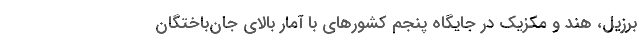
برزیل، هند و مکزیک در جایگاه پنجم کشورهای با آمار بالای جان‌باختگان